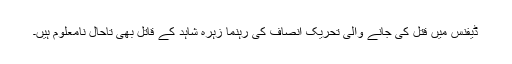
ڈیفنس میں قتل کی جانے والی تحریک انصاف کی رہنما زہرہ شاہد کے قاتل بھی تاحال نامعلوم ہیں۔